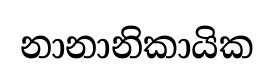
නානානිකායික